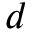
d